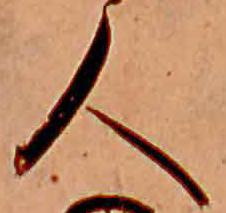
人